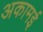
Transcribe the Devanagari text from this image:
अकामई